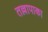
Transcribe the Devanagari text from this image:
तल्लापाका